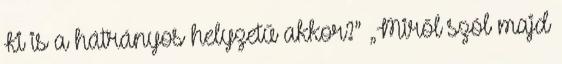
Ki is a hátrányos helyzetű akkor?” „Miről szól majd